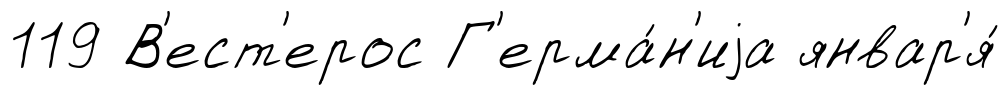
119 В'ест'ерос Г'ерма́н'иjа январ'я́